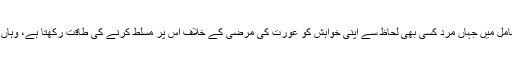
چنانچہ مرد وزن کے مابین معاشرتی تعامل میں جہاں مرد کسی بھی لحاظ سے اپنی خواہش کو عورت کی مرضی کے خلاف اس پر مسلط کرنے کی طاقت رکھتا ہے، وہاں جنسی ہراسانی کا مسئلہ پیدا ہو جاتا ہے۔